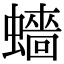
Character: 𧒗